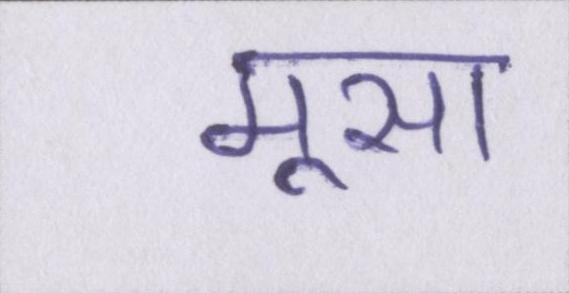
मूसा